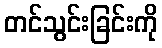
တင်သွင်းခြင်းကို